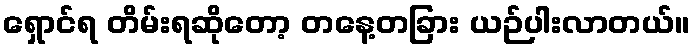
ရှောင်ရ တိမ်းရဆိုတော့ တနေ့တခြား ယဉ်ပါးလာတယ်။